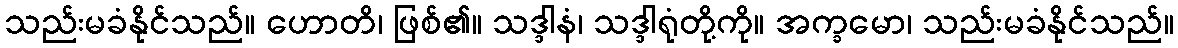
သည်းမခံနိုင်သည်။ ဟောတိ၊ ဖြစ်၏။ သဒ္ဒါနံ၊ သဒ္ဒါရုံတို့ကို။ အက္ခမော၊ သည်းမခံနိုင်သည်။